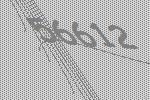
56612